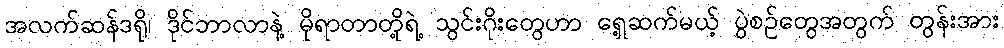
အလက်ဆန်ဒရို၊ ဒိုင်ဘာလာနဲ့ မိုရာတာတို့ရဲ့ သွင်းဂိုးတွေဟာ ရှေ့ဆက်မယ့် ပွဲစဉ်တွေအတွက် တွန်းအား